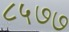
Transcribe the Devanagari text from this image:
८५७७